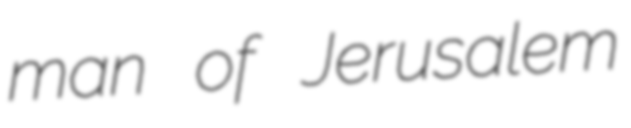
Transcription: man of Jerusalem